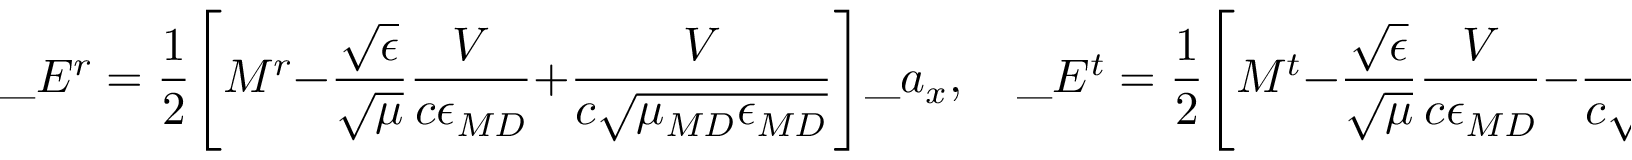
\_ E ^ { r } = \frac { 1 } { 2 } \Bigg [ M ^ { r } - \frac { \sqrt { \epsilon } } { \sqrt { \mu } } \frac { V } { c \epsilon _ { \/ { M D } } } + \frac { V } { c \sqrt { \mu _ { \/ { M D } } \epsilon _ { \/ { M D } } } } \Bigg ] \_ a _ { x } , \quad \_ E ^ { t } = \frac { 1 } { 2 } \Bigg [ M ^ { t } - \frac { \sqrt { \epsilon } } { \sqrt { \mu } } \frac { V } { c \epsilon _ { \/ { M D } } } - \frac { V } { c \sqrt { \mu _ { \/ { M D } } \epsilon _ { \/ { M D } } } } \Bigg ] \_ a _ { x } .